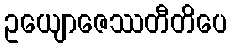
ဥယျောဇေဿတီတိပေ